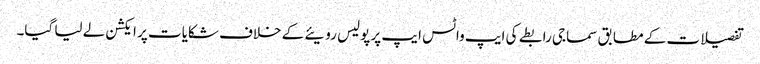
تفصیلات کے مطابق سماجی رابطے کی ایپ واٹس ایپ پر پولیس رویئے کے خلاف شکایات پر ایکشن لے لیا گیا۔